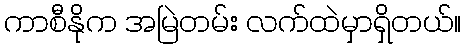
ကာစီနိုက အမြဲတမ်း လက်ထဲမှာရှိတယ်။